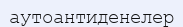
аутоантиденелер